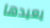
يعيدها